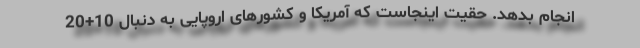
انجام بدهد. حقیت اینجاست که آمریکا و کشورهای اروپایی به دنبال 10+20